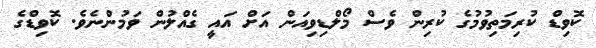
ކޮވިޑް ކުރިމަތިވުމުގެ ކުރިން ވެސް މޯލްޑިވިއަން އަށް އައީ ގެއްލުން ވަމުންނެވެ. ކޮވިޑްގެ